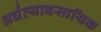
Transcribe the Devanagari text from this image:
अर्धव्यावसायिक